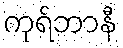
ကုရ်ဘာနီ